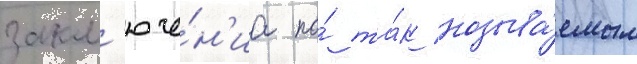
закл'юче́н'иа по́ та́к называ́емым